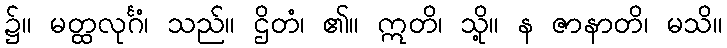
၌။ မတ္ထလုင်္ဂံ၊ သည်။ ဌိတံ၊ ၏။ ဣတိ၊ သို့။ န ဇာနာတိ၊ မသိ။